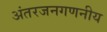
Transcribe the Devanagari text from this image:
अंतरजनगणनीय